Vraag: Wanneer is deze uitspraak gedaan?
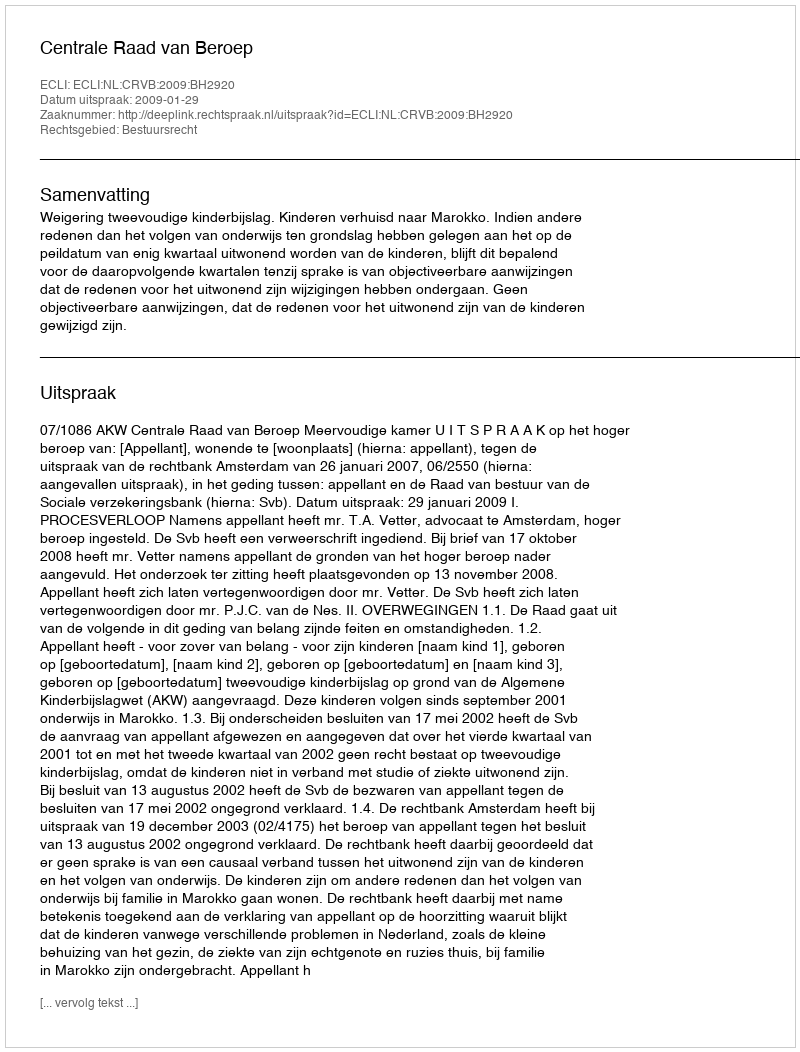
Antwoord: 2009-01-29